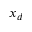
x _ { d }